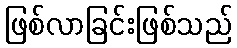
ဖြစ်လာခြင်းဖြစ်သည်